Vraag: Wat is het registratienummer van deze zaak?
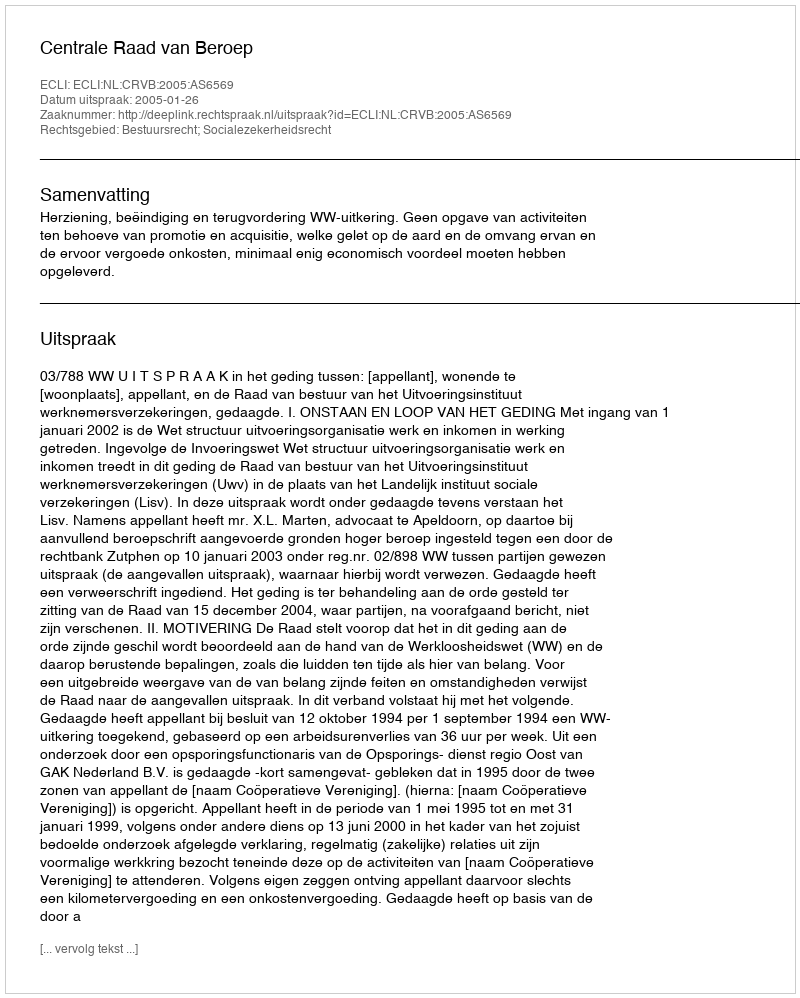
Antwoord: http://deeplink.rechtspraak.nl/uitspraak?id=ECLI:NL:CRVB:2005:AS6569